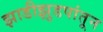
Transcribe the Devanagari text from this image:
झाडीझुडपांतून